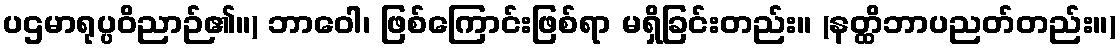
ပဌမာရုပ္ပဝိညာဉ်၏။) ဘာဝေါ၊ ဖြစ်ကြောင်းဖြစ်ရာ မရှိခြင်းတည်း။ (နတ္ထိဘာပညတ်တည်း။)